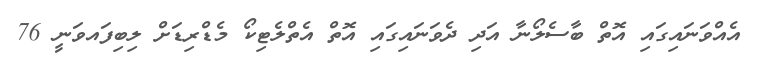
އެއްވަނައިގައި އޮތް ބާސެލޯނާ އަދި ދެވަނައިގައި އޮތް އެތްލެޓިކޯ މެޑްރިޑަށް ލިބިފައވަނީ 76